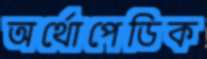
অর্থোপেডিক